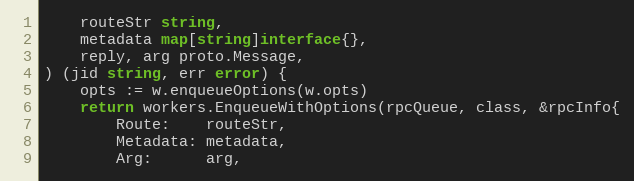
Language: Go
	routeStr string,
	metadata map[string]interface{},
	reply, arg proto.Message,
) (jid string, err error) {
	opts := w.enqueueOptions(w.opts)
	return workers.EnqueueWithOptions(rpcQueue, class, &rpcInfo{
		Route:    routeStr,
		Metadata: metadata,
		Arg:      arg,